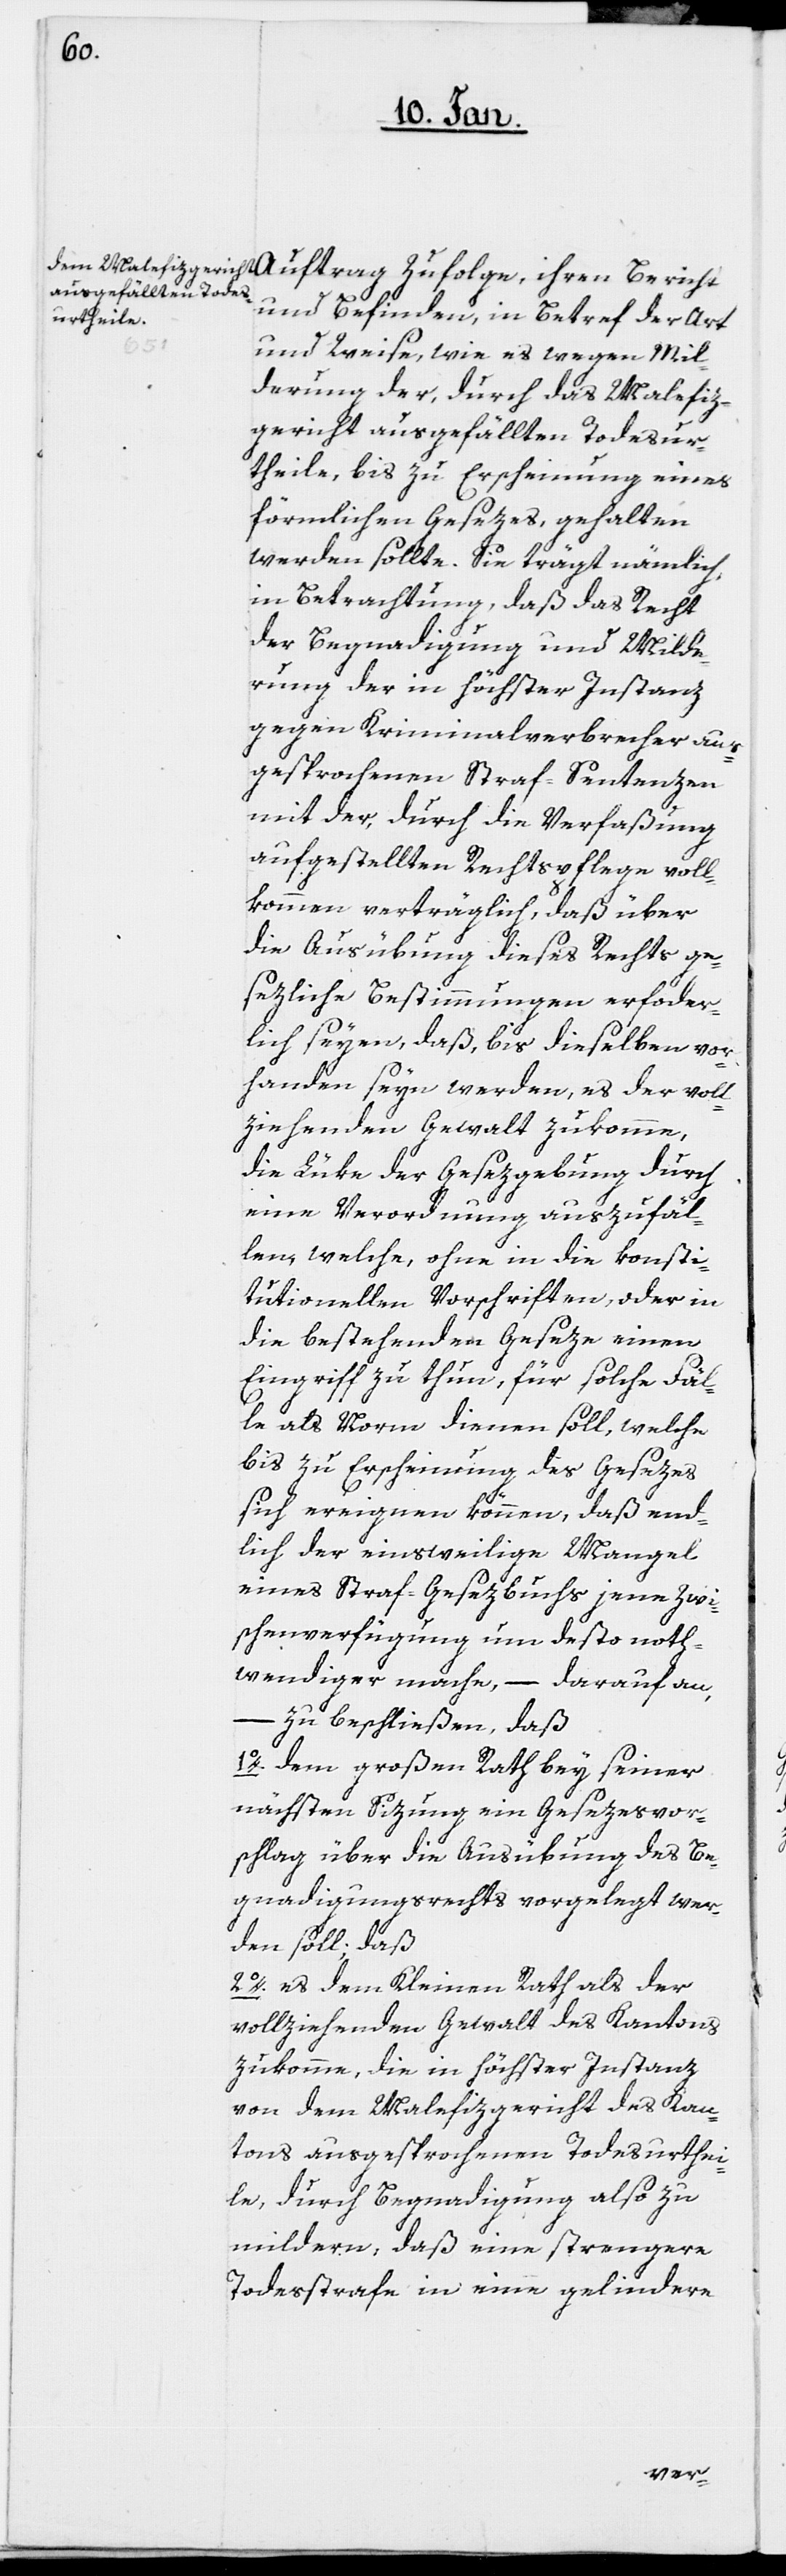
und Befinden, in Betreff der Art
und Weise, wie es wegen Mil¬
derung der durch das Malefiz¬
gericht ausgefällten Todesur¬
theile, bis zu Erscheinung eines
förmlichen Gesezes, gehalten
werden sollte. Sie trägt nämlich,
in Betrachtung, daß das Recht
der Begnadigung und Milde¬
rung der in höchster Instanz
gegen Kriminalverbrecher aus¬
gesprochenen Straf-Sentenzen
mit der, durch die Verfaßung
aufgestellten Rechtspflege voll¬
kommen verträglich, daß über
die Ausübung dieses Rechts ge¬
sezliche Bestimmungen erforder¬
lich seyen, daß, bis dieselben vor¬
handen seyn werden, es der voll¬
ziehenden Gewalt zukomme,
die Lüke der Gesezgebung durch
eine Verordnung auszufäl¬
len, welche, ohne in die konsti¬
tutionellen Vorschriften, oder in
die bestehenden Geseze einen
Eingriff zu thun, für solche Fäl¬
le als Norm dienen soll, welche
bis zu Erscheinung des Gesezes
sich ereignen können, daß end¬
lich der einsweilige Mangel
eines Straf-Gesezbuchs jene Zwi¬
schenverfügung um desto noth¬
wendiger mache, – darauf an,
–
zu beschließen, daß
1o. dem großen Rath bey seiner
nächsten Sizung ein Gesezesvor¬
schlag über die Ausübung des Be¬
gnadigungsrechts vorgelegt wer¬
den soll; daß
2o. es dem Kleinen Rath als der
vollziehenden Gewalt des Cantons
zukomme, die in höchster Instanz
von dem Malefizgericht des Can¬
tons ausgesprochenen Todesurthei¬
le, durch Begnadigung also zu
mildern, daß eine strengere
Todesstrafe in eine gelindere